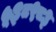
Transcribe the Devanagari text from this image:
५३८९८३